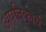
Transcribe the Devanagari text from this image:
अपतिकार्य